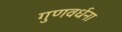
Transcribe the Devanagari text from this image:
गुणवर्धना